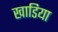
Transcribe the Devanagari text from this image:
खाडिया